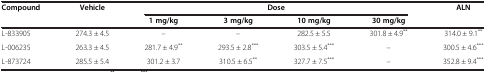
| Compound | Vehicle | <COLSPAN=4> Dose | ALN |
 |  |  | 1 mg/kg | 3 mg/kg | 10 mg/kg | 30 mg/kg |  |
 | --- | --- | --- | --- | --- | --- | --- |
 | L-833905 | 274.3 ± 4.5 | – | – | 282.5 ± 5.5 | 301.8 ± 4.9** | 314.0 ± 9.1** |
 | L-006235 | 263.3 ± 4.5 | 281.7 ± 4.9** | 293.5 ± 2.8*** | 303.5 ± 5.4*** | – | 300.5 ± 4.6*** |
 | L-873724 | 285.5 ± 5.4 | 301.2 ± 3.7 | 310.5 ± 6.5** | 327.7 ± 7.5*** | – | 352.8 ± 9.4*** |